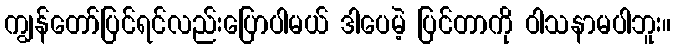
ကျွန်တော်ပြင်ရင်လည်းပြောပါမယ် ဒါပေမဲ့ ပြင်တာကို ဝါသနာမပါဘူး။